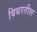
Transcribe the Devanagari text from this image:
बिथरतील